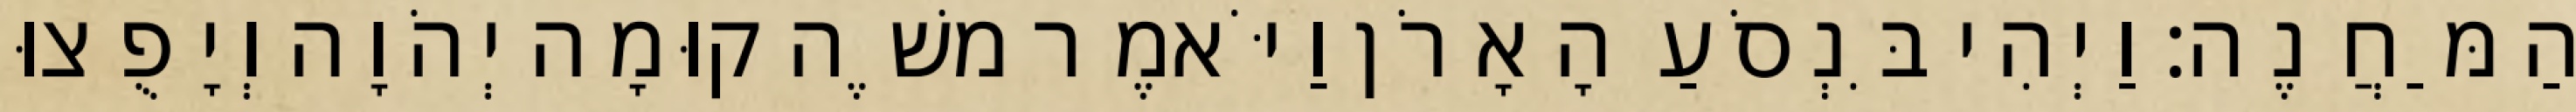
הַמַּחֲנֶה׃ וַיְהִי בִּנְסֹעַ הָאָרֹן וַיֹּאמֶר משֶׁה קוּמָה יְהֹוָה וְיָפֻצוּ